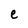
Character: e